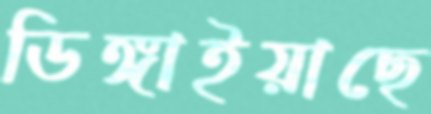
ডিঙ্গাইয়াছে